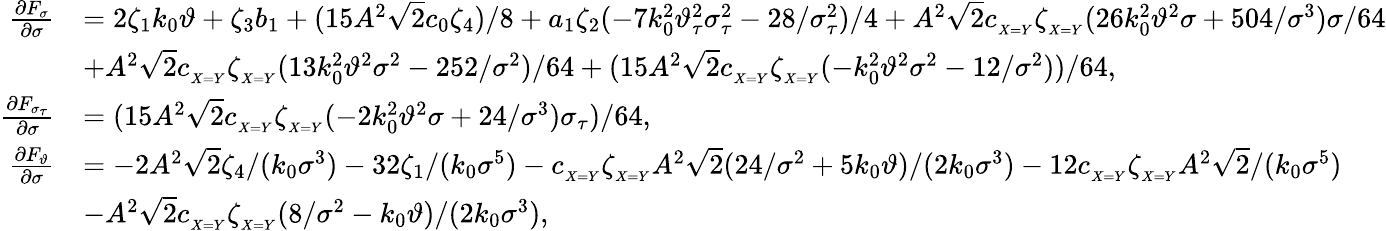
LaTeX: \begin{array}{rl}{\frac{\partial F_{\sigma}}{\partial\sigma}}&{=2\zeta_{1}k_{0}\vartheta+\zeta_{3}b_{1}+(15A^{2}\sqrt{2}c_{0}\zeta_{4})/8+a_{1}\zeta_{2}(-7k_{0}^{2}\vartheta_{\tau}^{2}\sigma_{\tau}^{2}-28/\sigma_{\tau}^{2})/4+A^{2}\sqrt{2}c_{_{X=Y}}\zeta_{_{X=Y}}(26k_{0}^{2}\vartheta^{2}\sigma+504/\sigma^{3})\sigma/64}\\ &{+A^{2}\sqrt{2}c_{_{X=Y}}\zeta_{_{X=Y}}(13k_{0}^{2}\vartheta^{2}\sigma^{2}-252/\sigma^{2})/64+(15A^{2}\sqrt{2}c_{_{X=Y}}\zeta_{_{X=Y}}(-k_{0}^{2}\vartheta^{2}\sigma^{2}-12/\sigma^{2}))/64,}\\ {\frac{\partial F_{\sigma_{\tau}}}{\partial\sigma}}&{=(15A^{2}\sqrt{2}c_{_{X=Y}}\zeta_{_{X=Y}}(-2k_{0}^{2}\vartheta^{2}\sigma+24/\sigma^{3})\sigma_{\tau})/64,}\\ {\frac{\partial F_{\vartheta}}{\partial\sigma}}&{=-2A^{2}\sqrt{2}\zeta_{4}/(k_{0}\sigma^{3})-32\zeta_{1}/(k_{0}\sigma^{5})-c_{_{X=Y}}\zeta_{_{X=Y}}A^{2}\sqrt{2}(24/\sigma^{2}+5k_{0}\vartheta)/(2k_{0}\sigma^{3})-12c_{_{X=Y}}\zeta_{_{X=Y}}A^{2}\sqrt{2}/(k_{0}\sigma^{5})}\\ &{-A^{2}\sqrt{2}c_{_{X=Y}}\zeta_{_{X=Y}}(8/\sigma^{2}-k_{0}\vartheta)/(2k_{0}\sigma^{3}),}\end{array}